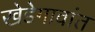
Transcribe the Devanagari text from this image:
खेडेगावांत